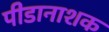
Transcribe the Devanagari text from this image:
पीडानाशक